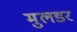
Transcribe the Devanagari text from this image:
मुलडर